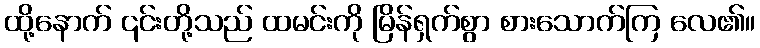
ထို့နောက် ၎င်းတို့သည် ထမင်းကို မြိန်ရှက်စွာ စားသောက်ကြ လေ၏။